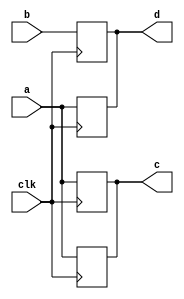
module analysis_test(
    clk, a, b,
    c, d);
  input wire a;
  input wire b;
  input wire clk;
  output wire c;
  output wire d;

  reg e, f;

  assign c = e;
  assign d = f;


always@(posedge clk)
  e <= a;

always@(negedge clk)
  e <= a;

always@(posedge clk)
  f <= a;

always@(negedge clk)
  f <= b;

endmodule